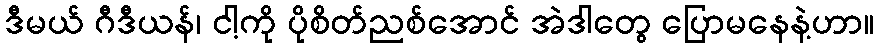
ဒီမယ် ဂီဒီယန်၊ ငါ့ကို ပိုစိတ်ညစ်အောင် အဲဒါတွေ ပြောမနေနဲ့ဟာ။